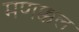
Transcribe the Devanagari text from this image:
मणक्कल